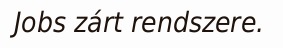
Jobs zárt rendszere.